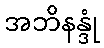
အဘိနန္ဒုံ